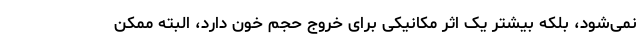
نمی‌شود، بلکه بیشتر یک اثر مکانیکی برای خروج حجم خون دارد، البته ممکن